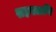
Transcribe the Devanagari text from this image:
सहस्त्राणि